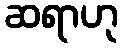
ဆရာဟု